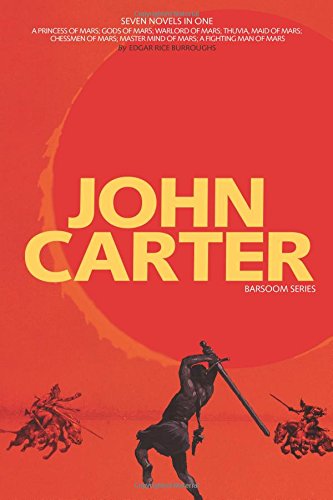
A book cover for John Carter: Barsoom Series (7 Novels) a Princess of Mars; Gods of Mars; Warlord of Mars; Thuvia, Maid of Mars; Chessmen of Mars; M; Edgar Rice Burroughs; Romance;